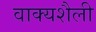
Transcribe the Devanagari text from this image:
वाक्यशैली